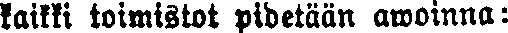
kaikki toimistot pidetään awoinna: